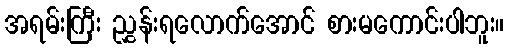
အရမ်းကြီး ညွှန်းရလောက်အောင် စားမကောင်းပါဘူး။